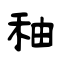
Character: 秞